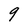
Character: q